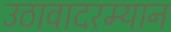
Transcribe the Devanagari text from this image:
उठावादरम्यान